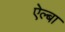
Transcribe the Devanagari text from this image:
ऐल्बा